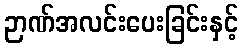
ဉာဏ်အလင်းပေးခြင်းနှင့်